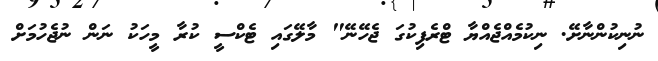
ނުނިކުންނާށޭ. ނިކުމެއްޖެއްޔާ ޓްރެފިކުގަ ޖެހޭނޭ" މާލޭގައި ޓެކްސީ ކުރާ މީހަކު ނަން ނުޖެހުމަށް